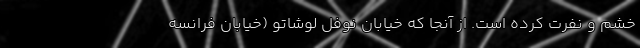
خشم و نفرت کرده است. از آنجا که خیابان نوفل لوشاتو (خیابان فرانسه